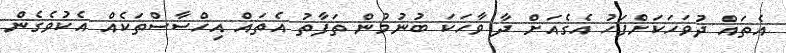
އެތައް ދުވަހަކަށްފަހު އެގެއަށް ދާ ވާހަކަ ބުނުމުން ތަފާތު އެތައް އިހްސާސްތަކެއް އެކުވެގެން